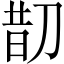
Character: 𠝖